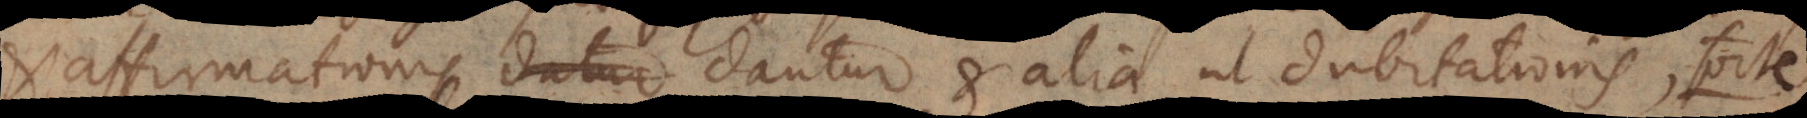
affirmationis datur dantur et alia, ut dubitationis, forte,